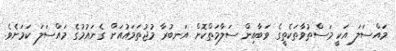
މައްސަލަ އަކީ މަސްތުވާތަކެތީގެ ވަބާއިން ސަލާމަތްކޮށް އަނބުރާ މުޖުތަމައުއަށް ގެނައުމުގެ މައްސަލަ ކަމަށެވެ.